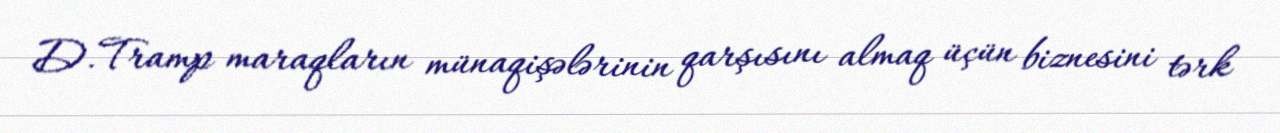
D.Tramp maraqların münaqişələrinin qarşısını almaq üçün biznesini tərk